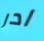
ادر